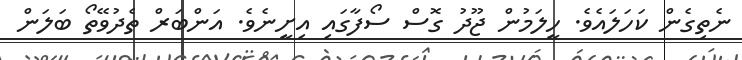
ނެތިގެން ކަހަލައެވެ. ހީލަމުން ޖޫދު ގޮސް ސޯފާގައި އިށީނެވެ. އަންބަރް ތެދުވޭތޯ ބަލަން